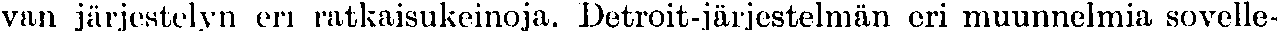
van järjestelyn eri ratkaisukeinoja. Detroit-järjestelmän eri muunnelmia sovelle-